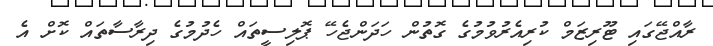
ރާއްޖޭގައި ޓޫރިޒަމް ކުރިއެރުވުމުގެ ގޮތުން ހަދަންޖެހޭ ޕޮލިސީތައް ހެދުމުގެ ދިރާސާތައް ކޮށް އެ